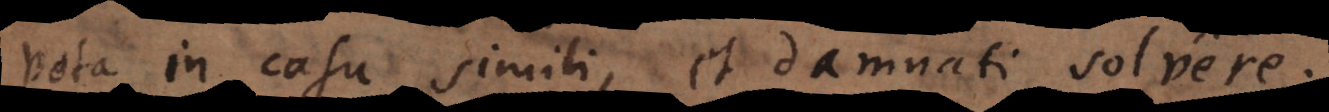
vota in casu simili, et damnati solvere.